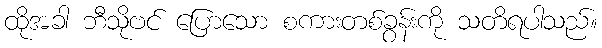
ထိုအခါ ဘီသိုဗင် ပြောသော စကားတစ်ခွန်းကို သတိရပါသည်။